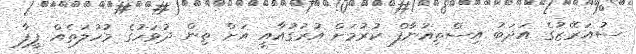
ސުއަރޭޒުގެ އަދަބު އިސްތިއުނާފް ކުރުމަށް އުރުގުއާއީ އަށް ތިން ދުވަހުގެ މުހުލަތެއް ފީފާ